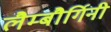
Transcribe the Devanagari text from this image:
लैम्बौर्गिनी